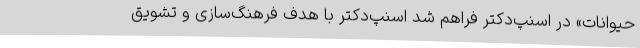
حیوانات» در اسنپ‌دکتر فراهم شد اسنپ‌دکتر با هدف فرهنگ‌سازی و تشویق